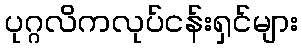
ပုဂ္ဂလိကလုပ်ငန်းရှင်များ